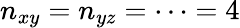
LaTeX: n_{xy}=n_{yz}=\cdots=4